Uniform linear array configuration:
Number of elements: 32
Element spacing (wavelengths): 0.5
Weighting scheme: exponential
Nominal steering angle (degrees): -60
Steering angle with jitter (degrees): -58.645
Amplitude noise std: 0.05
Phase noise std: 0.05

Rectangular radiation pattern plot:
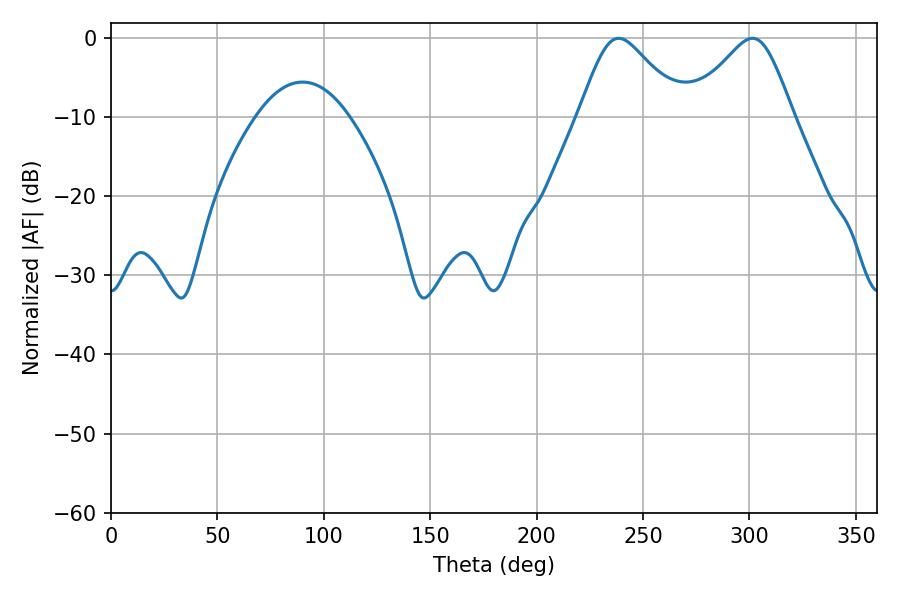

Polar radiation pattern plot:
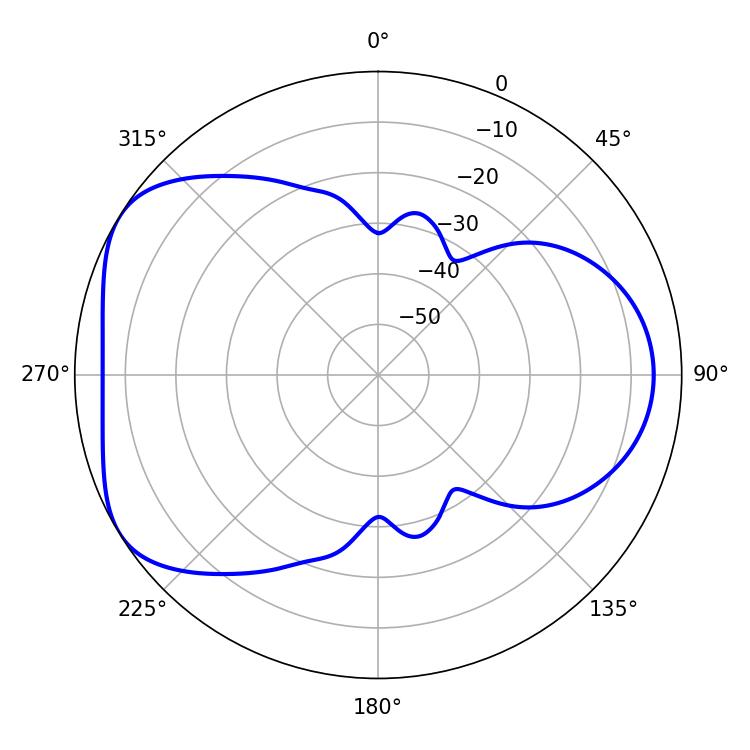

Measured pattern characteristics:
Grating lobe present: FALSE
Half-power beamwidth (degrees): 23.94
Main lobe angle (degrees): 238.5